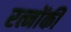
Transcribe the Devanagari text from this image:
रत्नोंकी